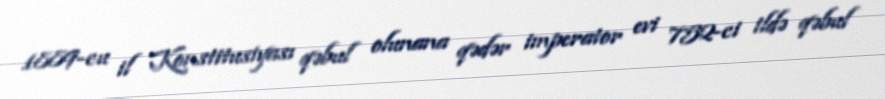
1889-cu il Konstitusiyası qəbul olunana qədər imperator evi 752-ci ildə qəbul